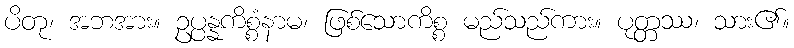
ပိတု၊ အဘအား။ ဥပ္ပန္နကိစ္စံနာမ၊ ဖြစ်သောကိစ္စ မည်သည်ကား။ ပုတ္တဿ၊ သား၏။